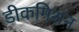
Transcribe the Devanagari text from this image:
डीकमिशन